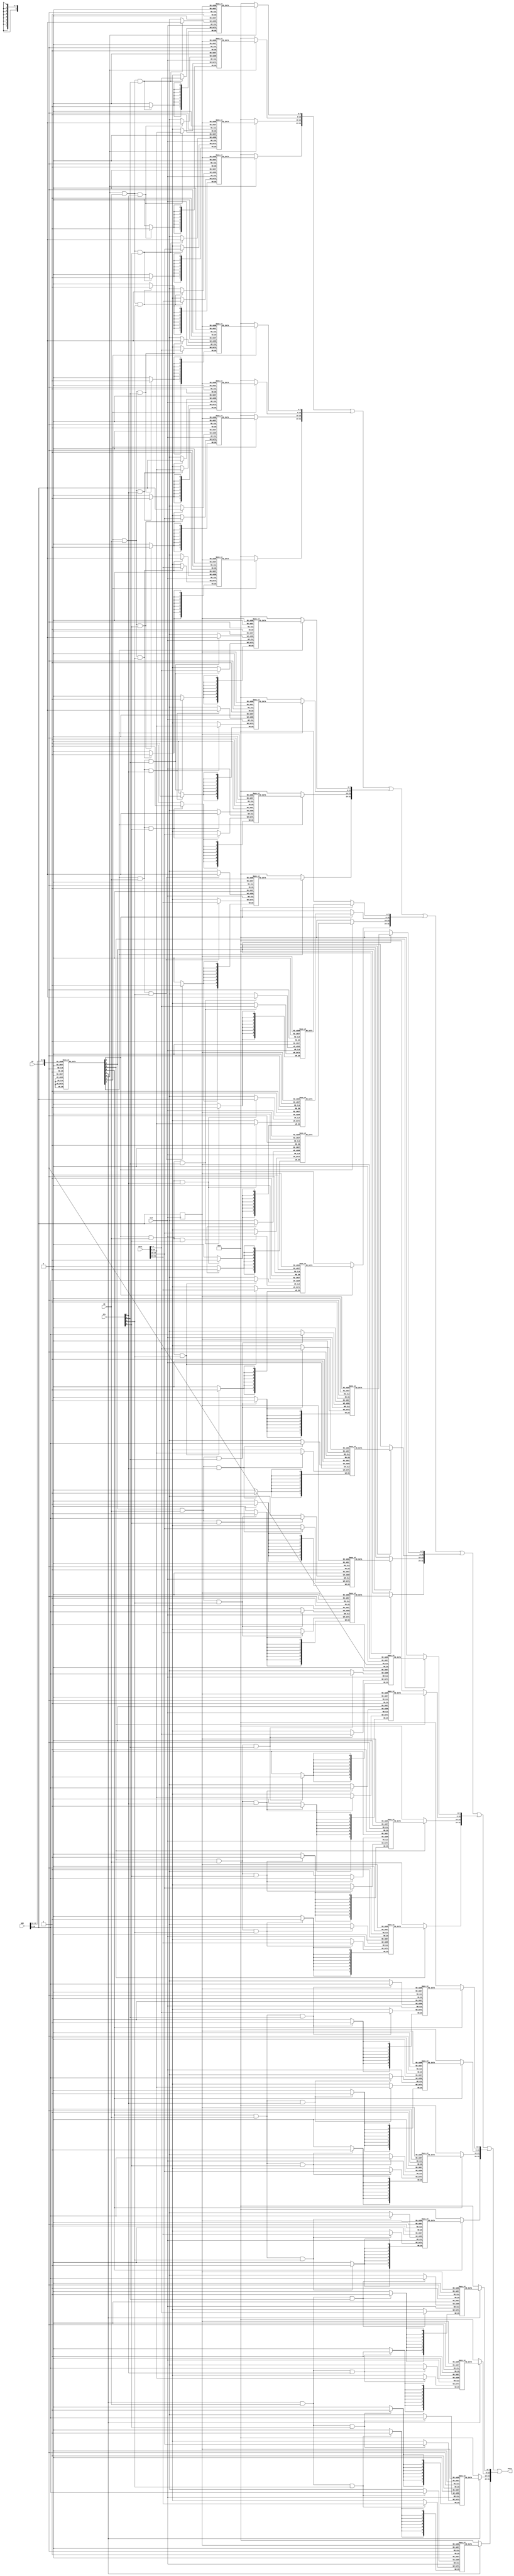
module memory (
               CLK, 
               CE, WE, SEL, 
               ADR, DATI, DATO
           );

//-------------------
// Module I/O Signals
//-------------------
    input CLK;           // clock
    input CE;            // chip enable
    input WE;            // write enable (read = 0, write = 1)
    input [3:0]SEL;      // data valid position
    input [13:0] ADR;    // address
    input [31:0] DATI;   // write data
    output [31:0] DATO;  // read data

//-----------------
// Internal Signals
//-----------------
    reg    [7:0] RAM0HH [0:511];
    reg    [7:0] RAM0HL [0:511];
    reg    [7:0] RAM0LH [0:511];
    reg    [7:0] RAM0LL [0:511];
    reg    [7:0] RAM1HH [0:511];
    reg    [7:0] RAM1HL [0:511];
    reg    [7:0] RAM1LH [0:511];
    reg    [7:0] RAM1LL [0:511];
    reg    [7:0] RAM2HH [0:511];
    reg    [7:0] RAM2HL [0:511];
    reg    [7:0] RAM2LH [0:511];
    reg    [7:0] RAM2LL [0:511];
    reg    [7:0] RAM3HH [0:511];
    reg    [7:0] RAM3HL [0:511];
    reg    [7:0] RAM3LH [0:511];
    reg    [7:0] RAM3LL [0:511];
    reg    [7:0] RAM4HH [0:511];
    reg    [7:0] RAM4HL [0:511];
    reg    [7:0] RAM4LH [0:511];
    reg    [7:0] RAM4LL [0:511];
    reg    [7:0] RAM5HH [0:511];
    reg    [7:0] RAM5HL [0:511];
    reg    [7:0] RAM5LH [0:511];
    reg    [7:0] RAM5LL [0:511];
    reg    [7:0] RAM6HH [0:511];
    reg    [7:0] RAM6HL [0:511];
    reg    [7:0] RAM6LH [0:511];
    reg    [7:0] RAM6LL [0:511];
    reg    [7:0] RAM7HH [0:511];
    reg    [7:0] RAM7HL [0:511];
    reg    [7:0] RAM7LH [0:511];
    reg    [7:0] RAM7LL [0:511];

    wire   [31:0] DATO;
    wire   [31:0] DATOUT0;
    wire   [31:0] DATOUT1;
    wire   [31:0] DATOUT2;
    wire   [31:0] DATOUT3;
    wire   [31:0] DATOUT4;
    wire   [31:0] DATOUT5;
    wire   [31:0] DATOUT6;
    wire   [31:0] DATOUT7;

    reg    [8:0] ADR_RD;
    reg    [7:0] CERAM;
 
//---------------
// RAM Operation
//--------------
    always @(ADR or CE)
    begin
        case ({CE, ADR[13:11]})
            4'b1_000: CERAM <= 8'b00000001;
            4'b1_001: CERAM <= 8'b00000010;
            4'b1_010: CERAM <= 8'b00000100;
            4'b1_011: CERAM <= 8'b00001000;
            4'b1_100: CERAM <= 8'b00010000;
            4'b1_101: CERAM <= 8'b00100000;
            4'b1_110: CERAM <= 8'b01000000;
            4'b1_111: CERAM <= 8'b10000000;
            default:  CERAM <= 8'b00000000;
        endcase
    end

    always @(negedge CLK) begin
        if (CERAM[0] & WE & SEL[3]) RAM0HH[ADR[10:2]] <= DATI[31:24];
        if (CERAM[0] & WE & SEL[2]) RAM0HL[ADR[10:2]] <= DATI[23:16];
        if (CERAM[0] & WE & SEL[1]) RAM0LH[ADR[10:2]] <= DATI[15: 8];
        if (CERAM[0] & WE & SEL[0]) RAM0LL[ADR[10:2]] <= DATI[ 7: 0];
        if (CERAM[1] & WE & SEL[3]) RAM1HH[ADR[10:2]] <= DATI[31:24];
        if (CERAM[1] & WE & SEL[2]) RAM1HL[ADR[10:2]] <= DATI[23:16];
        if (CERAM[1] & WE & SEL[1]) RAM1LH[ADR[10:2]] <= DATI[15: 8];
        if (CERAM[1] & WE & SEL[0]) RAM1LL[ADR[10:2]] <= DATI[ 7: 0];
        if (CERAM[2] & WE & SEL[3]) RAM2HH[ADR[10:2]] <= DATI[31:24];
        if (CERAM[2] & WE & SEL[2]) RAM2HL[ADR[10:2]] <= DATI[23:16];
        if (CERAM[2] & WE & SEL[1]) RAM2LH[ADR[10:2]] <= DATI[15: 8];
        if (CERAM[2] & WE & SEL[0]) RAM2LL[ADR[10:2]] <= DATI[ 7: 0];
        if (CERAM[3] & WE & SEL[3]) RAM3HH[ADR[10:2]] <= DATI[31:24];
        if (CERAM[3] & WE & SEL[2]) RAM3HL[ADR[10:2]] <= DATI[23:16];
        if (CERAM[3] & WE & SEL[1]) RAM3LH[ADR[10:2]] <= DATI[15: 8];
        if (CERAM[3] & WE & SEL[0]) RAM3LL[ADR[10:2]] <= DATI[ 7: 0];
        if (CERAM[4] & WE & SEL[3]) RAM4HH[ADR[10:2]] <= DATI[31:24];
        if (CERAM[4] & WE & SEL[2]) RAM4HL[ADR[10:2]] <= DATI[23:16];
        if (CERAM[4] & WE & SEL[1]) RAM4LH[ADR[10:2]] <= DATI[15: 8];
        if (CERAM[4] & WE & SEL[0]) RAM4LL[ADR[10:2]] <= DATI[ 7: 0];
        if (CERAM[5] & WE & SEL[3]) RAM5HH[ADR[10:2]] <= DATI[31:24];
        if (CERAM[5] & WE & SEL[2]) RAM5HL[ADR[10:2]] <= DATI[23:16];
        if (CERAM[5] & WE & SEL[1]) RAM5LH[ADR[10:2]] <= DATI[15: 8];
        if (CERAM[5] & WE & SEL[0]) RAM5LL[ADR[10:2]] <= DATI[ 7: 0];
        if (CERAM[6] & WE & SEL[3]) RAM6HH[ADR[10:2]] <= DATI[31:24];
        if (CERAM[6] & WE & SEL[2]) RAM6HL[ADR[10:2]] <= DATI[23:16];
        if (CERAM[6] & WE & SEL[1]) RAM6LH[ADR[10:2]] <= DATI[15: 8];
        if (CERAM[6] & WE & SEL[0]) RAM6LL[ADR[10:2]] <= DATI[ 7: 0];
        if (CERAM[7] & WE & SEL[3]) RAM7HH[ADR[10:2]] <= DATI[31:24];
        if (CERAM[7] & WE & SEL[2]) RAM7HL[ADR[10:2]] <= DATI[23:16];
        if (CERAM[7] & WE & SEL[1]) RAM7LH[ADR[10:2]] <= DATI[15: 8];
        if (CERAM[7] & WE & SEL[0]) RAM7LL[ADR[10:2]] <= DATI[ 7: 0];
        ADR_RD <= ADR[10:2];
    end

    assign DATOUT0[31:24] = (CERAM[0]) ? RAM0HH[ADR_RD] : 8'h00;
    assign DATOUT0[23:16] = (CERAM[0]) ? RAM0HL[ADR_RD] : 8'h00;
    assign DATOUT0[15: 8] = (CERAM[0]) ? RAM0LH[ADR_RD] : 8'h00;
    assign DATOUT0[ 7: 0] = (CERAM[0]) ? RAM0LL[ADR_RD] : 8'h00;
    assign DATOUT1[31:24] = (CERAM[1]) ? RAM1HH[ADR_RD] : 8'h00;
    assign DATOUT1[23:16] = (CERAM[1]) ? RAM1HL[ADR_RD] : 8'h00;
    assign DATOUT1[15: 8] = (CERAM[1]) ? RAM1LH[ADR_RD] : 8'h00;
    assign DATOUT1[ 7: 0] = (CERAM[1]) ? RAM1LL[ADR_RD] : 8'h00;
    assign DATOUT2[31:24] = (CERAM[2]) ? RAM2HH[ADR_RD] : 8'h00;
    assign DATOUT2[23:16] = (CERAM[2]) ? RAM2HL[ADR_RD] : 8'h00;
    assign DATOUT2[15: 8] = (CERAM[2]) ? RAM2LH[ADR_RD] : 8'h00;
    assign DATOUT2[ 7: 0] = (CERAM[2]) ? RAM2LL[ADR_RD] : 8'h00;
    assign DATOUT3[31:24] = (CERAM[3]) ? RAM3HH[ADR_RD] : 8'h00;
    assign DATOUT3[23:16] = (CERAM[3]) ? RAM3HL[ADR_RD] : 8'h00;
    assign DATOUT3[15: 8] = (CERAM[3]) ? RAM3LH[ADR_RD] : 8'h00;
    assign DATOUT3[ 7: 0] = (CERAM[3]) ? RAM3LL[ADR_RD] : 8'h00;
    assign DATOUT4[31:24] = (CERAM[4]) ? RAM4HH[ADR_RD] : 8'h00;
    assign DATOUT4[23:16] = (CERAM[4]) ? RAM4HL[ADR_RD] : 8'h00;
    assign DATOUT4[15: 8] = (CERAM[4]) ? RAM4LH[ADR_RD] : 8'h00;
    assign DATOUT4[ 7: 0] = (CERAM[4]) ? RAM4LL[ADR_RD] : 8'h00;
    assign DATOUT5[31:24] = (CERAM[5]) ? RAM5HH[ADR_RD] : 8'h00;
    assign DATOUT5[23:16] = (CERAM[5]) ? RAM5HL[ADR_RD] : 8'h00;
    assign DATOUT5[15: 8] = (CERAM[5]) ? RAM5LH[ADR_RD] : 8'h00;
    assign DATOUT5[ 7: 0] = (CERAM[5]) ? RAM5LL[ADR_RD] : 8'h00;
    assign DATOUT6[31:24] = (CERAM[6]) ? RAM6HH[ADR_RD] : 8'h00;
    assign DATOUT6[23:16] = (CERAM[6]) ? RAM6HL[ADR_RD] : 8'h00;
    assign DATOUT6[15: 8] = (CERAM[6]) ? RAM6LH[ADR_RD] : 8'h00;
    assign DATOUT6[ 7: 0] = (CERAM[6]) ? RAM6LL[ADR_RD] : 8'h00;
    assign DATOUT7[31:24] = (CERAM[7]) ? RAM7HH[ADR_RD] : 8'h00;
    assign DATOUT7[23:16] = (CERAM[7]) ? RAM7HL[ADR_RD] : 8'h00;
    assign DATOUT7[15: 8] = (CERAM[7]) ? RAM7LH[ADR_RD] : 8'h00;
    assign DATOUT7[ 7: 0] = (CERAM[7]) ? RAM7LL[ADR_RD] : 8'h00;

    assign DATO = DATOUT0 | DATOUT1 | DATOUT2 | DATOUT3
                | DATOUT4 | DATOUT5 | DATOUT6 | DATOUT7;

//======================================================
  endmodule